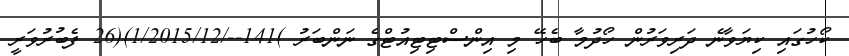
ކޯހުގައި ކިޔަވާނެ ދަރިވަރުން ހޯދުމާ ބެހޭ މި އިންސްޓިޓިއުޓްގެ ނަންބަރު )141--/1/2015/12)(26 ފެބުރުވަރީ